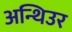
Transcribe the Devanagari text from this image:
अन्थिउर